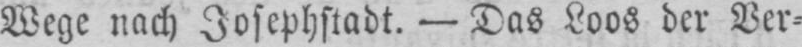
Wege nach Josephstadt. - Das Loos der Ver⸗